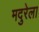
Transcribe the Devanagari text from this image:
मदुरेला